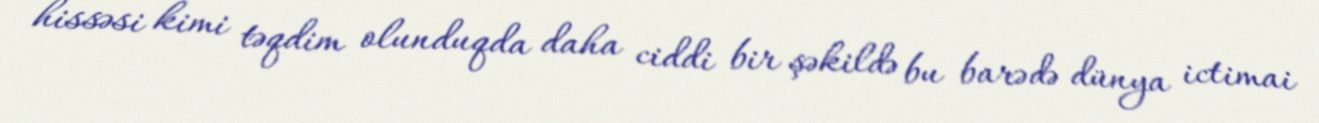
hissəsi kimi təqdim olunduqda daha ciddi bir şəkildə bu barədə dünya ictimai